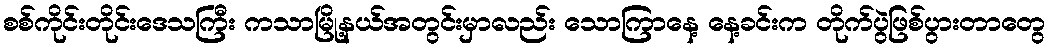
စစ်ကိုင်းတိုင်းဒေသကြီး ကသာမြို့နယ်အတွင်းမှာလည်း သောကြာနေ့ နေ့ခင်းက တိုက်ပွဲဖြစ်ပွားတာတွေ